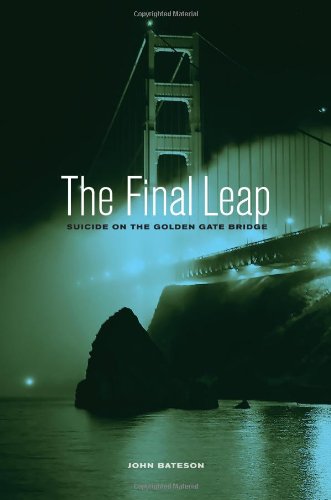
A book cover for The Final Leap: Suicide on the Golden Gate Bridge; John Bateson; Self-Help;